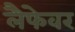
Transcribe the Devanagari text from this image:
लैफेवर